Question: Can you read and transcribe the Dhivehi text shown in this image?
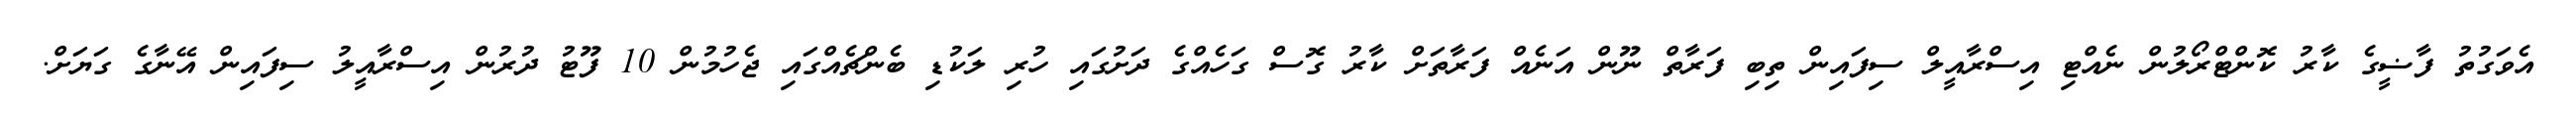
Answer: އެވަގުތު ފާޟީގެ ކާރު ކޮންޓްރޯލުން ނެއްޓި އިސްރާއީލް ސިފައިން ތިބި ފަރާތް ނޫން އަނެއް ފަރާތަށް ކާރު ގޮސް ގަހެއްގެ ދަށުގައި ހުރި ލަކުޑި ބެންޗެއްގައި ޖެހުމުން 10 ފޫޓު ދުރުން އިސްރާއީލު ސިފައިން އޭނާގެ ގަޔަށް.